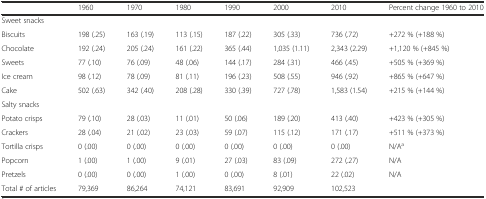
<table><thead><tr><td></td><td><b>1960</b></td><td><b>1970</b></td><td><b>1980</b></td><td><b>1990</b></td><td><b>2000</b></td><td><b>2010</b></td><td><b>Percent change 1960 to 2010</b></td></tr></thead><tbody><tr><td colspan="8">Sweet snacks</td></tr><tr><td>Biscuits</td><td>198 (.25)</td><td>163 (.19)</td><td>113 (.15)</td><td>187 (.22)</td><td>305 (.33)</td><td>736 (.72)</td><td>+272 % (+188 %)</td></tr><tr><td>Chocolate</td><td>192 (.24)</td><td>205 (.24)</td><td>161 (.22)</td><td>365 (.44)</td><td>1,035 (1.11)</td><td>2,343 (2.29)</td><td>+1,120 % (+845 %)</td></tr><tr><td>Sweets</td><td>77 (.10)</td><td>76 (.09)</td><td>48 (.06)</td><td>144 (.17)</td><td>284 (.31)</td><td>466 (.45)</td><td>+505 % (+369 %)</td></tr><tr><td>Ice cream</td><td>98 (.12)</td><td>78 (.09)</td><td>81 (.11)</td><td>196 (.23)</td><td>508 (.55)</td><td>946 (.92)</td><td>+865 % (+647 %)</td></tr><tr><td>Cake</td><td>502 (.63)</td><td>342 (.40)</td><td>208 (.28)</td><td>330 (.39)</td><td>727 (.78)</td><td>1,583 (1.54)</td><td>+215 % (+144 %)</td></tr><tr><td colspan="8">Salty snacks</td></tr><tr><td>Potato crisps</td><td>79 (.10)</td><td>28 (.03)</td><td>11 (.01)</td><td>50 (.06)</td><td>189 (.20)</td><td>413 (.40)</td><td>+423 % (+305 %)</td></tr><tr><td>Crackers</td><td>28 (.04)</td><td>21 (.02)</td><td>23 (.03)</td><td>59 (.07)</td><td>115 (.12)</td><td>171 (.17)</td><td>+511 % (+373 %)</td></tr><tr><td>Tortilla crisps</td><td>0 (.00)</td><td>0 (.00)</td><td>0 (.00)</td><td>0 (.00)</td><td>0 (.00)</td><td>0 (.00)</td><td>N/A<sup>a</sup></td></tr><tr><td>Popcorn</td><td>1 (.00)</td><td>1 (.00)</td><td>9 (.01)</td><td>27 (.03)</td><td>83 (.09)</td><td>272 (.27)</td><td>N/A</td></tr><tr><td>Pretzels</td><td>0 (.00)</td><td>0 (.00)</td><td>1 (.00)</td><td>0 (.00)</td><td>8 (.01)</td><td>22 (.02)</td><td>N/A</td></tr><tr><td>Total # of articles</td><td>79,369</td><td>86,264</td><td>74,121</td><td>83,691</td><td>92,909</td><td>102,523</td><td></td></tr></tbody></table>